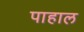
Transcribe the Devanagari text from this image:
पाहाल